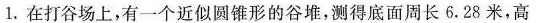
1.在打谷场上，有一个近似圆锥形的谷堆，测得底面周长6.28米，高